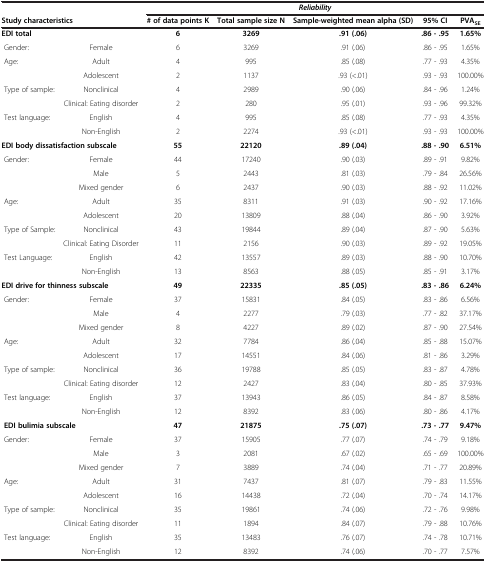
<table><thead><tr><td><b> </b></td><td><b> </b></td><td colspan="5"><b><i>Reliability</i></b></td></tr><tr><td colspan="2"><b>Study characteristics</b></td><td><b># of data points K</b></td><td><b>Total sample size N</b></td><td><b>Sample-weighted mean alpha (SD)</b></td><td><b>95% CI</b></td><td><b>PVA<sub>SE</sub></b></td></tr></thead><tbody><tr><td><b>EDI total</b></td><td> </td><td><b>6</b></td><td><b>3269</b></td><td><b>.91 (.06)</b></td><td><b>.86 - .95</b></td><td><b>1.65%</b></td></tr><tr><td> Gender:</td><td>Female</td><td>6</td><td>3269</td><td>.91 (.06)</td><td>.86 - .95</td><td>1.65%</td></tr><tr><td> Age:</td><td>Adult</td><td>4</td><td>995</td><td>.85 (.08)</td><td>.77 - .93</td><td>4.35%</td></tr><tr><td> </td><td>Adolescent</td><td>2</td><td>1137</td><td>.93 (&lt;.01)</td><td>.93 - .93</td><td>100.00%</td></tr><tr><td> Type of sample:</td><td>Nonclinical</td><td>4</td><td>2989</td><td>.90 (.06)</td><td>.84 - .96</td><td>1.24%</td></tr><tr><td> </td><td>Clinical: Eating disorder</td><td>2</td><td>280</td><td>.95 (.01)</td><td>.93 - .96</td><td>99.32%</td></tr><tr><td> Test language:</td><td>English</td><td>4</td><td>995</td><td>.85 (.08)</td><td>.77 - .93</td><td>4.35%</td></tr><tr><td> </td><td>Non-English</td><td>2</td><td>2274</td><td>.93 (&lt;.01)</td><td>.93 - .93</td><td>100.00%</td></tr><tr><td colspan="2"><b>EDI body dissatisfaction subscale</b></td><td><b>55</b></td><td><b>22120</b></td><td><b>.89 (.04)</b></td><td><b>.88 - .90</b></td><td><b>6.51%</b></td></tr><tr><td> Gender:</td><td>Female</td><td>44</td><td>17240</td><td>.90 (.03)</td><td>.89 - .91</td><td>9.82%</td></tr><tr><td> </td><td>Male</td><td>5</td><td>2443</td><td>.81 (.03)</td><td>.79 - .84</td><td>26.56%</td></tr><tr><td> </td><td>Mixed gender</td><td>6</td><td>2437</td><td>.90 (.03)</td><td>.88 - .92</td><td>11.02%</td></tr><tr><td> Age:</td><td>Adult</td><td>35</td><td>8311</td><td>.91 (.03)</td><td>.90 - .92</td><td>17.16%</td></tr><tr><td> </td><td>Adolescent</td><td>20</td><td>13809</td><td>.88 (.04)</td><td>.86 - .90</td><td>3.92%</td></tr><tr><td> Type of Sample:</td><td>Nonclinical</td><td>43</td><td>19844</td><td>.89 (.04)</td><td>.87 - .90</td><td>5.63%</td></tr><tr><td> </td><td>Clinical: Eating Disorder</td><td>11</td><td>2156</td><td>.90 (.03)</td><td>.89 - .92</td><td>19.05%</td></tr><tr><td> Test Language:</td><td>English</td><td>42</td><td>13557</td><td>.89 (.03)</td><td>.88 - .90</td><td>10.70%</td></tr><tr><td> </td><td>Non-English</td><td>13</td><td>8563</td><td>.88 (.05)</td><td>.85 - .91</td><td>3.17%</td></tr><tr><td colspan="2"><b>EDI drive for thinness subscale</b></td><td><b>49</b></td><td><b>22335</b></td><td><b>.85 (.05)</b></td><td><b>.83 - .86</b></td><td><b>6.24%</b></td></tr><tr><td> Gender:</td><td>Female</td><td>37</td><td>15831</td><td>.84 (.05)</td><td>.83 - .86</td><td>6.56%</td></tr><tr><td> </td><td>Male</td><td>4</td><td>2277</td><td>.79 (.03)</td><td>.77 - .82</td><td>37.17%</td></tr><tr><td> </td><td>Mixed gender</td><td>8</td><td>4227</td><td>.89 (.02)</td><td>.87 - .90</td><td>27.54%</td></tr><tr><td> Age:</td><td>Adult</td><td>32</td><td>7784</td><td>.86 (.04)</td><td>.85 - .88</td><td>15.07%</td></tr><tr><td> </td><td>Adolescent</td><td>17</td><td>14551</td><td>.84 (.06)</td><td>.81 - .86</td><td>3.29%</td></tr><tr><td> Type of sample:</td><td>Nonclinical</td><td>36</td><td>19788</td><td>.85 (.05)</td><td>.83 - .87</td><td>4.78%</td></tr><tr><td> </td><td>Clinical: Eating disorder</td><td>12</td><td>2427</td><td>.83 (.04)</td><td>.80 - .85</td><td>37.93%</td></tr><tr><td> Test language:</td><td>English</td><td>37</td><td>13943</td><td>.86 (.05)</td><td>.84 - .87</td><td>8.58%</td></tr><tr><td> </td><td>Non-English</td><td>12</td><td>8392</td><td>.83 (.06)</td><td>.80 - .86</td><td>4.17%</td></tr><tr><td colspan="2"> <b>EDI bulimia subscale</b></td><td><b>47</b></td><td><b>21875</b></td><td><b>.75 (.07)</b></td><td><b>.73 - .77</b></td><td><b>9.47%</b></td></tr><tr><td> Gender:</td><td>Female</td><td>37</td><td>15905</td><td>.77 (.07)</td><td>.74 - .79</td><td>9.18%</td></tr><tr><td> </td><td>Male</td><td>3</td><td>2081</td><td>.67 (.02)</td><td>.65 - .69</td><td>100.00%</td></tr><tr><td> </td><td>Mixed gender</td><td>7</td><td>3889</td><td>.74 (.04)</td><td>.71 - .77</td><td>20.89%</td></tr><tr><td> Age:</td><td>Adult</td><td>31</td><td>7437</td><td>.81 (.07)</td><td>.79 - .83</td><td>11.55%</td></tr><tr><td> </td><td>Adolescent</td><td>16</td><td>14438</td><td>.72 (.04)</td><td>.70 - .74</td><td>14.17%</td></tr><tr><td> Type of sample:</td><td>Nonclinical</td><td>35</td><td>19861</td><td>.74 (.06)</td><td>.72 - .76</td><td>9.98%</td></tr><tr><td> </td><td>Clinical: Eating disorder</td><td>11</td><td>1894</td><td>.84 (.07)</td><td>.79 - .88</td><td>10.76%</td></tr><tr><td> Test language:</td><td>English</td><td>35</td><td>13483</td><td>.76 (.07)</td><td>.74 - .78</td><td>10.71%</td></tr><tr><td> </td><td>Non-English</td><td>12</td><td>8392</td><td>.74 (.06)</td><td>.70 - .77</td><td>7.57%</td></tr></tbody></table>